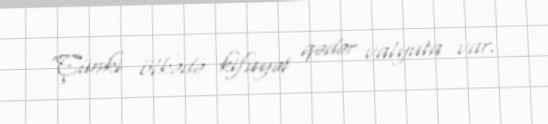
“Çünki ölkədə kifayət qədər valyuta var.